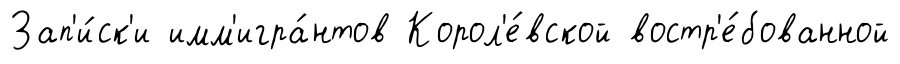
Зап'и́ск'и имм'игра́нтов Корол'е́вской востр'е́бованной